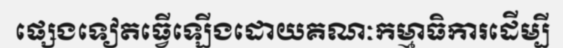
ផ្សេងទៀតធ្វើឡើងដោយគណៈកម្មាធិការដើម្បី